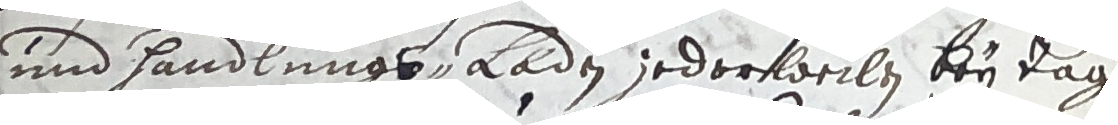
und handlungsLaden jedortweilen bey tag